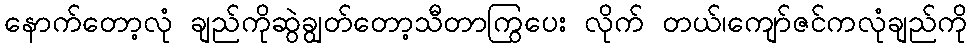
နောက်တော့လုံ ချည်ကိုဆွဲချွတ်တော့သီတာကြွပေး လိုက် တယ်၊ကျော်ဇင်ကလုံချည်ကို